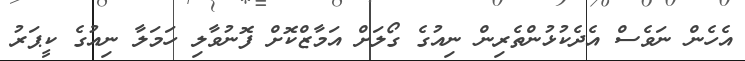
އެހެން ނަވެސް އެދެކުޅުންތެރިން ނިއުގެ ގޯލަށް އަމާޒްކޮށް ފޮނުވާލި ހަމަލާ ނިއުގެ ކީޕަރު